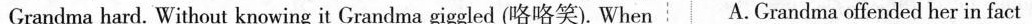
Grandma hard. Without knowing it Grandma giggled (咯咯笑).When A.Grandma offended her in fact